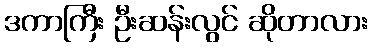
ဒကာကြီး ဦးဆန်းလွင် ဆိုတာလား